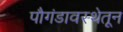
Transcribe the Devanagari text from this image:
पौगंडावस्थेतून